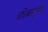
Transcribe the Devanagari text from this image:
अधिकारपूर्णता